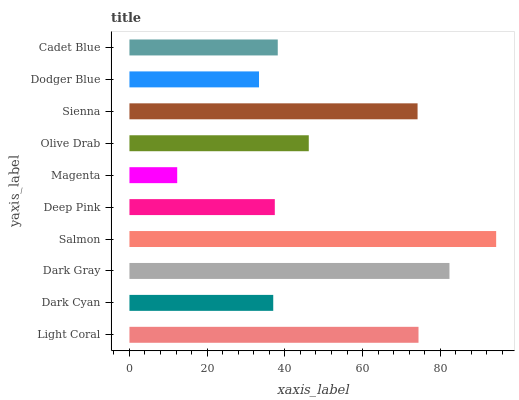
| yaxis_label | bars |
 | --- | --- |
 | Light Coral | 74.4 |
 | Dark Cyan | 37 |
 | Dark Gray | 82.3 |
 | Salmon | 94.4 |
 | Deep Pink | 37.4 |
 | Magenta | 12.3 |
 | Olive Drab | 46.1 |
 | Sienna | 74.1 |
 | Dodger Blue | 33.3 |
 | Cadet Blue | 38.2 |